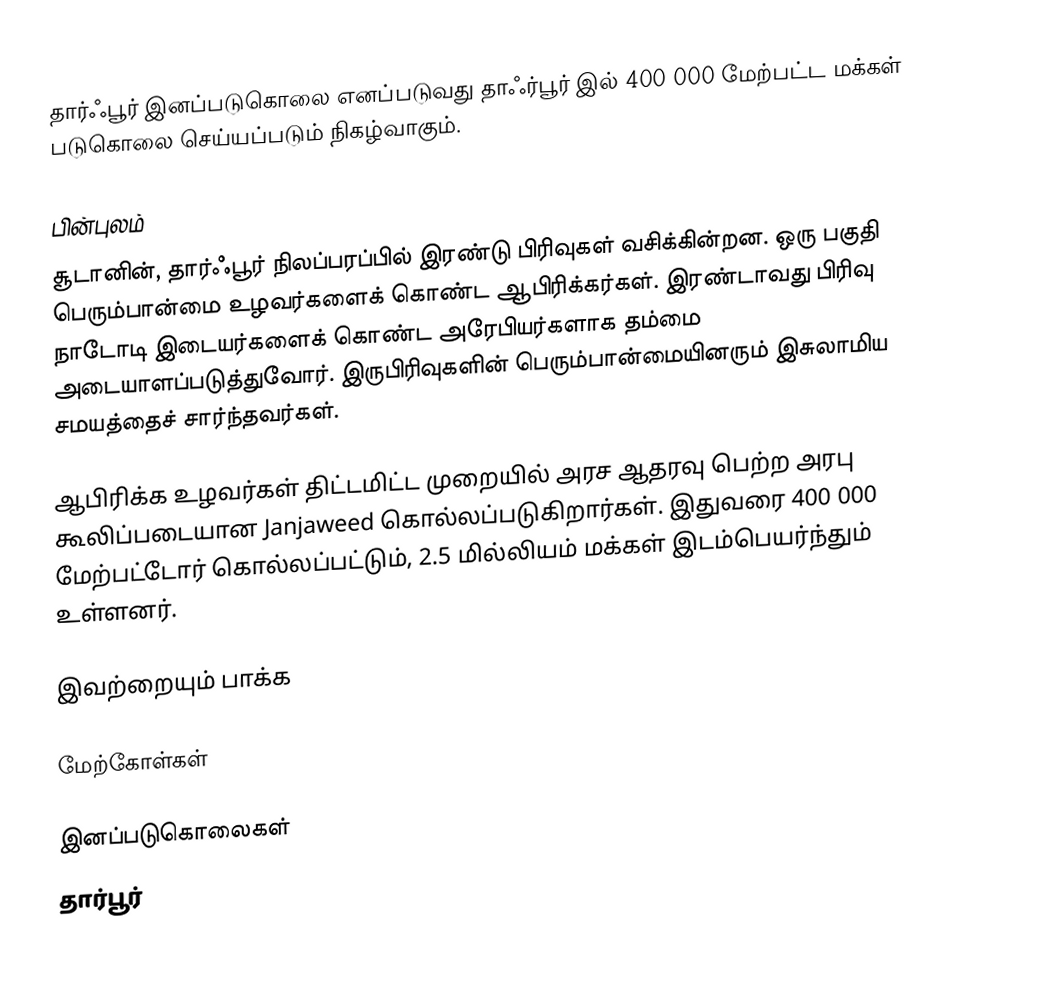
தார்ஃபூர் இனப்படுகொலை எனப்படுவது தாஃர்பூர் இல் 400 000 மேற்பட்ட மக்கள் படுகொலை செய்யப்படும் நிகழ்வாகும்.

பின்புலம்
சூடானின், தார்ஃபூர் நிலப்பரப்பில் இரண்டு பிரிவுகள் வசிக்கின்றன.  ஒரு பகுதி பெரும்பான்மை உழவர்களைக் கொண்ட ஆபிரிக்கர்கள்.  இரண்டாவது பிரிவு நாடோடி இடையர்களைக் கொண்ட அரேபியர்களாக தம்மை அடையாளப்படுத்துவோர்.  இருபிரிவுகளின் பெரும்பான்மையினரும் இசுலாமிய சமயத்தைச் சார்ந்தவர்கள்.

ஆபிரிக்க உழவர்கள் திட்டமிட்ட முறையில் அரச ஆதரவு பெற்ற அரபு கூலிப்படையான Janjaweed கொல்லப்படுகிறார்கள்.  இதுவரை 400 000 மேற்பட்டோர் கொல்லப்பட்டும், 2.5 மில்லியம் மக்கள் இடம்பெயர்ந்தும் உள்ளனர்.

இவற்றையும் பாக்க

மேற்கோள்கள்

இனப்படுகொலைகள்
தார்பூர்